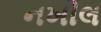
નખીલ